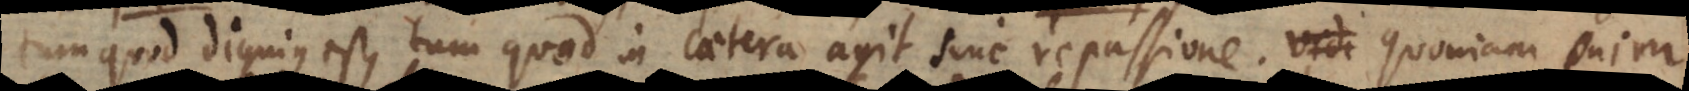
tum quod dignius est, tum quod in caetera agit sine repassione. Quoniam enim